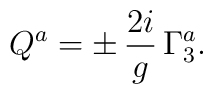
Q^a =\pm\,{2i\over g}\,\Gamma^a_3.